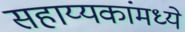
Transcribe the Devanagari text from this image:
सहाय्यकांमध्ये